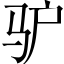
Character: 驴